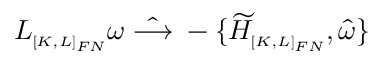
{ \cal L } _ { \scriptscriptstyle [ K , L ] _ { F N } } \omega \; \hat { \longrightarrow } \; - \{ \widetilde { \cal H } _ { \scriptscriptstyle [ K , L ] _ { F N } } , \hat { \omega } \}